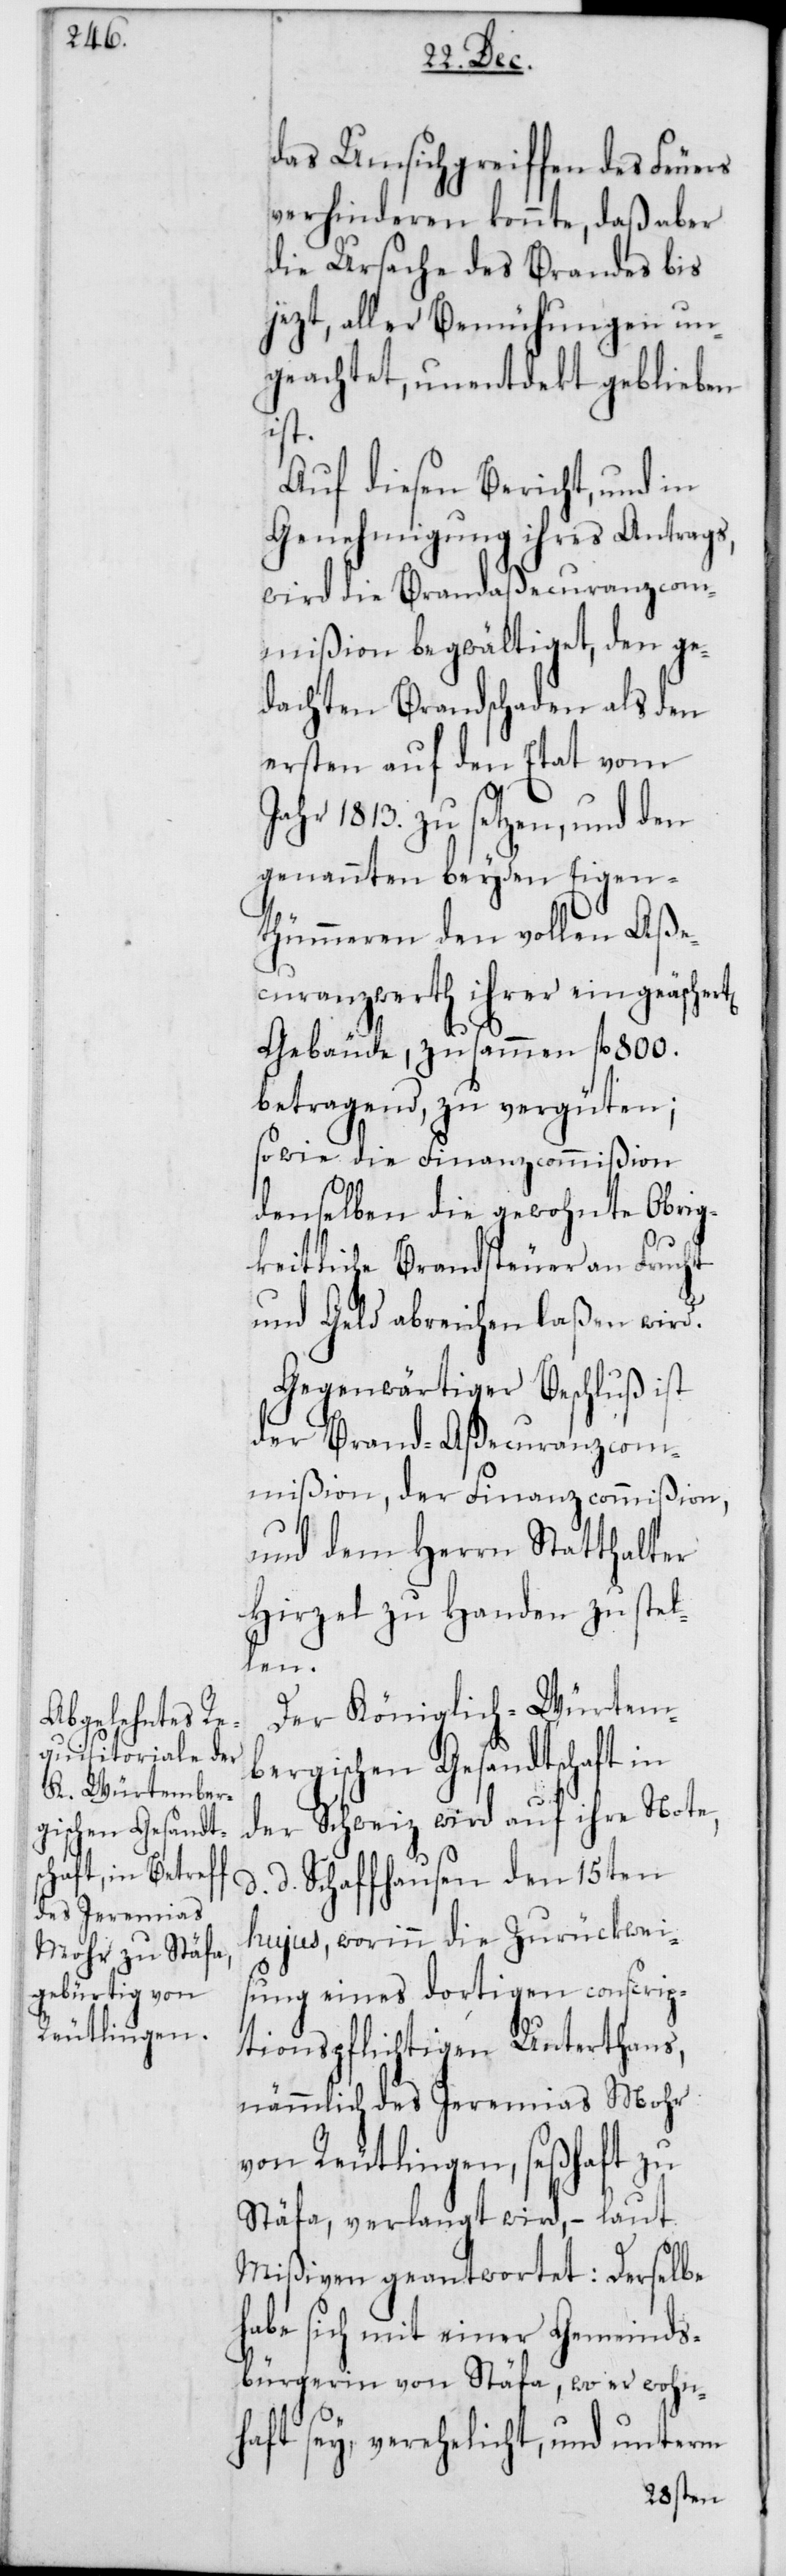
das Umsichgreiffen des Feuers
verhinderen konnte, daß aber
die Ursache des Brandes bis
jezt, aller Bemühungen un¬
geachtet, unentdeckt geblieben
ist.
Auf diesen Bericht, und in
Genehmigung ihres Antrags,
wird die Brandaßecuranzcom¬
mißion begwältiget, den ge¬
dachten Brandschaden als den
ersten auf den Etat vom
Jahr 1813. zu setzen, und den
genannten beyden Eigen¬
thümmeren den vollen Aße¬
curanzwerth ihrer eingeäschere¬
Gebäude, zusammen fl. 800.
betragend, zu vergüten;
sowie die Finanzcommißion
denselben die gewohnte Obrig¬
keitliche Brandsteuer an Frucht
und Geld abreichen laßen wird.
Gegenwärtiger Beschluß ist
der Brand-Aßecuranz-Com¬
mißion, der Finanzcommißion,
und dem Herrn Statthalter
Hirzel zu Handen zu stel¬
len.
Der Königlich-Würtem¬
bergischen Gesandtschaft in
der Schweiz wird auf ihre Note,
d. d. Schaffhausen den 15ten
hujus, worinn die Zurückwei¬
sung eines dortigen conscrip¬
tionspflichtigen Unterthans,
nämmlich des Jeremias Mohr
von Reutlingen, seßhaft zu
Stäfa, verlangt wird, – laut
Mißiven geantwortet: Derselbe
habe sich mit einer Gemeinds¬
bürgerin von Stäfa, wo er wohn¬
haft sey, verehelicht, und unterm